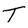
Character: T